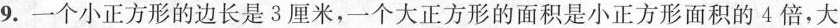
9.一个小正方形的边长是3厘米，一个大正方形的面积是小正方形面积的4倍，大